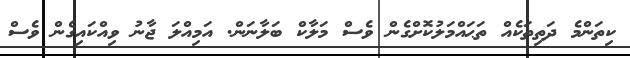
ކިތަންމެ ދަތިތަކެއް ތަޙައްމަލުކޮށްގެން ވެސް މަލާކް ބަލާނަން. އަމިއްލަ ޖާނު ވިއްކައިގެން ވެސް